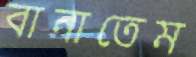
বানাতেম